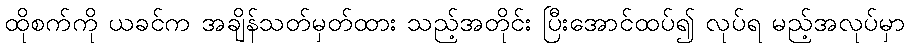
ထိုစက်ကို ယခင်က အချိန်သတ်မှတ်ထား သည့်အတိုင်း ပြီးအောင်ထပ်၍ လုပ်ရ မည့်အလုပ်မှာ